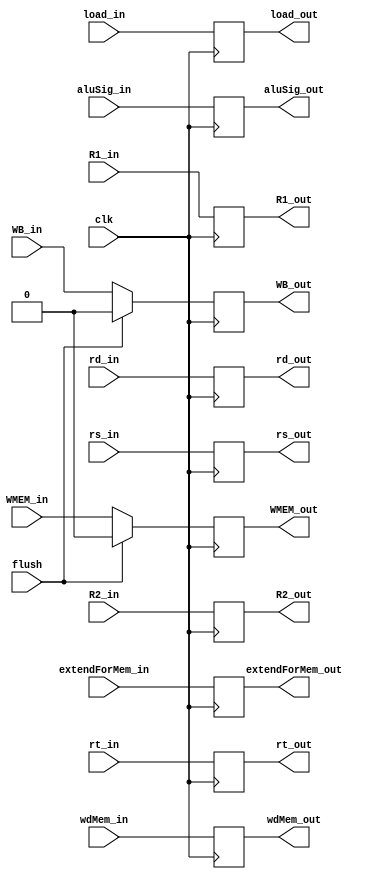
module IDEX(input clk, input [2:0] aluSig_in, input WB_in, extendForMem_in, WMEM_in, load_in,
			input [31:0] R1_in, R2_in, wdMem_in,
			input [4:0] rd_in, rs_in, rt_in,
			output reg [2:0] aluSig_out,
			output reg WB_out, extendForMem_out, WMEM_out, load_out,
			output reg [31:0] R1_out, R2_out, wdMem_out,
			output reg [4:0] rd_out, rs_out, rt_out,
			input flush);

	initial {aluSig_out, WB_out, R1_out, R2_out, rd_out, rs_out, rt_out, extendForMem_out, WMEM_out, load_out, wdMem_out} = 118'b 0;
	always @(posedge clk) begin
		aluSig_out = aluSig_in;
		WB_out = WB_in;
		R1_out = R1_in;
		R2_out = R2_in;
		rd_out = rd_in;
		rs_out = rs_in;
		rt_out = rt_in;
		extendForMem_out = extendForMem_in;
		WMEM_out = WMEM_in;
		load_out = load_in;
		wdMem_out = wdMem_in;
		if(flush) begin
			WMEM_out = 0;
			WB_out = 0;
		end
	end
endmodule